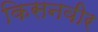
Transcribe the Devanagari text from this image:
किसनवीर